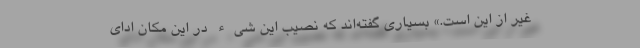
غیر از این است.» بسیاری گفته‌اند که نصیب این شیء در این مکان ادای